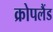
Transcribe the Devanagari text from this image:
क्रोपलैंड